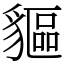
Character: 貙